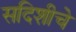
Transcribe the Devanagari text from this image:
सदिशीचे